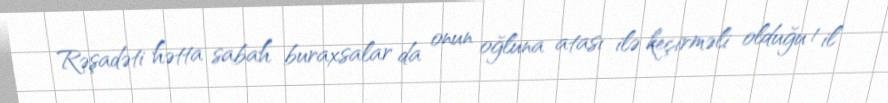
Rəşadəti hətta sabah buraxsalar da onun oğluna atası ilə keçirməli olduğu 1 il